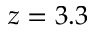
z = 3 . 3